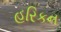
હરિકન